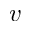
v